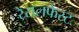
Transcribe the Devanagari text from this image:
रेसलफेस्ट